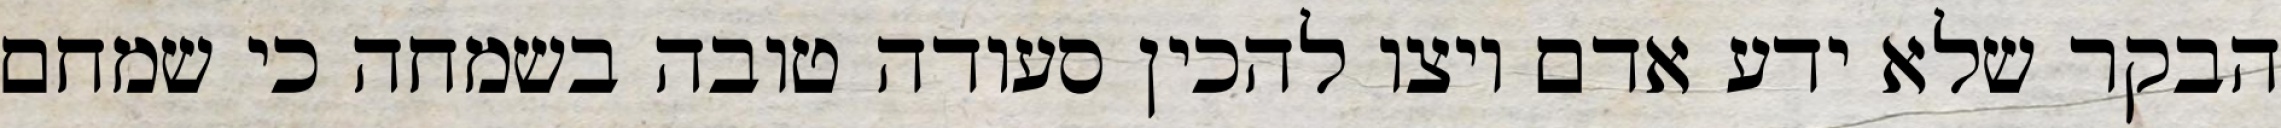
הבקר שלא ידע אדם ויצו להכין סעודה טובה בשמחה כי שמחם